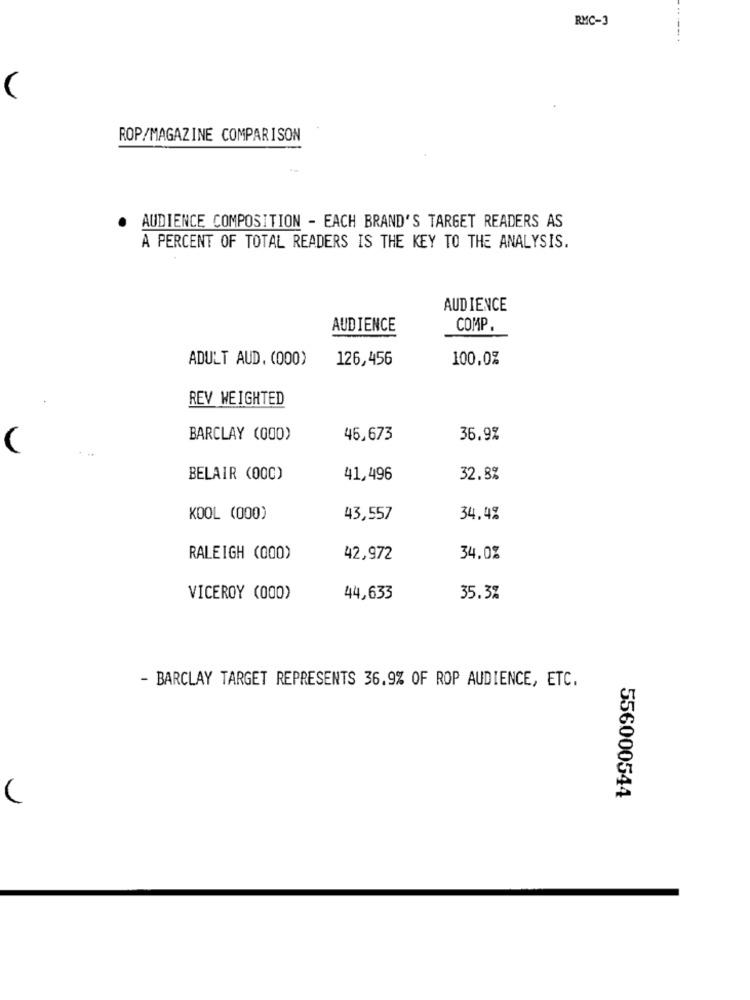
RMC-3
ROP/MAGAZINE COMPARISON
AUDIENCE COMPOSITION - EACH BRAND'S TARGET READERS AS
A PERCENT OF TOTAL READERS IS THE KEY TO THE ANALYSIS.
AUDIENCE
AUDIENCE
COMP.
ADULT AUD. (000)
126,456
100,0%
REV WEIGHTED
BARCLAY (000)
46,673
36.9%
(
BELAIR (000)
41,496
32.8%
KOOL (000)
43,557
34,4%
RALEIGH (000)
42,972
34.0%
VICEROY (000)
44,633
35.3%
- BARCLAY TARGET REPRESENTS 36.9% OF ROP AUDIENCE, ETC.
556000544